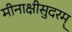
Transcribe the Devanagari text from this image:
मीनाक्षीसुदरम्